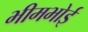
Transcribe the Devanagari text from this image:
भीमभोई